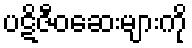
ပဋိဇီဝဆေးများကို